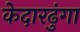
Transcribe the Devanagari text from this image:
केदारढुंगा